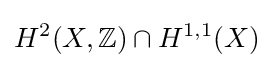
H^{2}(X,\mathbb {Z} )\cap H^{1,1}(X)